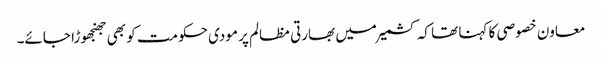
معاون خصوصی کا کہنا تھا کہ کشمیر میں بھارتی مظالم پر مودی حکومت کو بھی جھنجھوڑا جائے۔